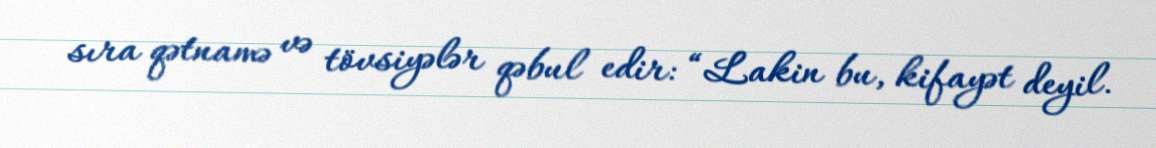
sıra qətnamə və tövsiyələr qəbul edir: “Lakin bu, kifayət deyil.